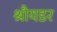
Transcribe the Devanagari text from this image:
श्रौयडर